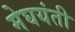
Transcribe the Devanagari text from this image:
मेघयंती